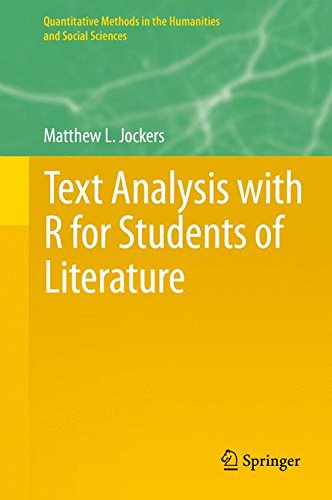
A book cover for Text Analysis with R for Students of Literature (Quantitative Methods in the Humanities and Social Sciences); Matthew Jockers; Computers & Technology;